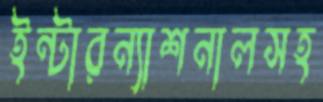
ইন্টারন্যাশনালসহ